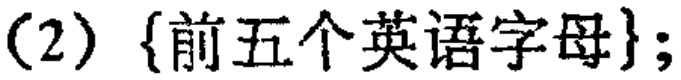
(2) \(\{\text{前五个英语字母}\};\)